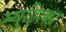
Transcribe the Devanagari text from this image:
म्युझिका